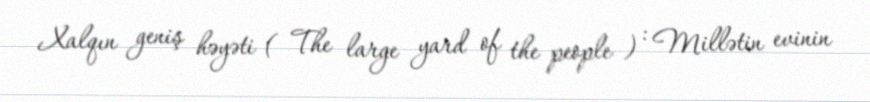
Xalqın geniş həyəti ( The large yard of the people ) : Millətin evinin